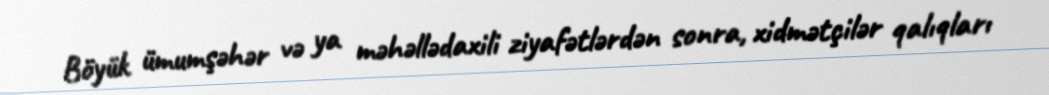
Böyük ümumşəhər və ya məhəllədaxili ziyafətlərdən sonra, xidmətçilər qalıqları